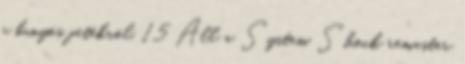
a bunyós játékról. 15 Áll a System Shock remaster